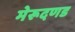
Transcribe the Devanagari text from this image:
मेरूदणड